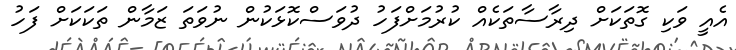
އެއީ ވަކި ގޮތަކަށް ދިރާސާތަކެއް ކުރުމަށްފަހު ދުވަސްކޮޅަކުން ނުވަތަ ޒަމާން ތަކަކަށް ފަހު